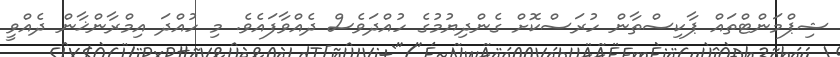
ޝިޕްމަންޓްތައް ޕާކިސްތާން ހުރަސްކޮށް ގެންދިޔުމުގެ ހުއްދަވެސް ދެއްވާފައެވެ. މި ހުއްދަ އިމްރާންޚާން ދެއްވީ